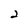
Character: 2